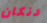
دنكان